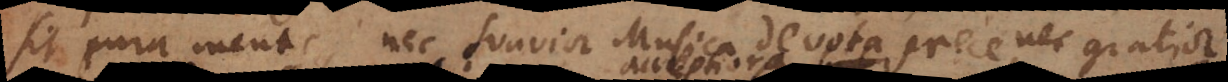
sit pura mente, nec suavior Musica devota prece, nec gratior